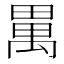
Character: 𤲳